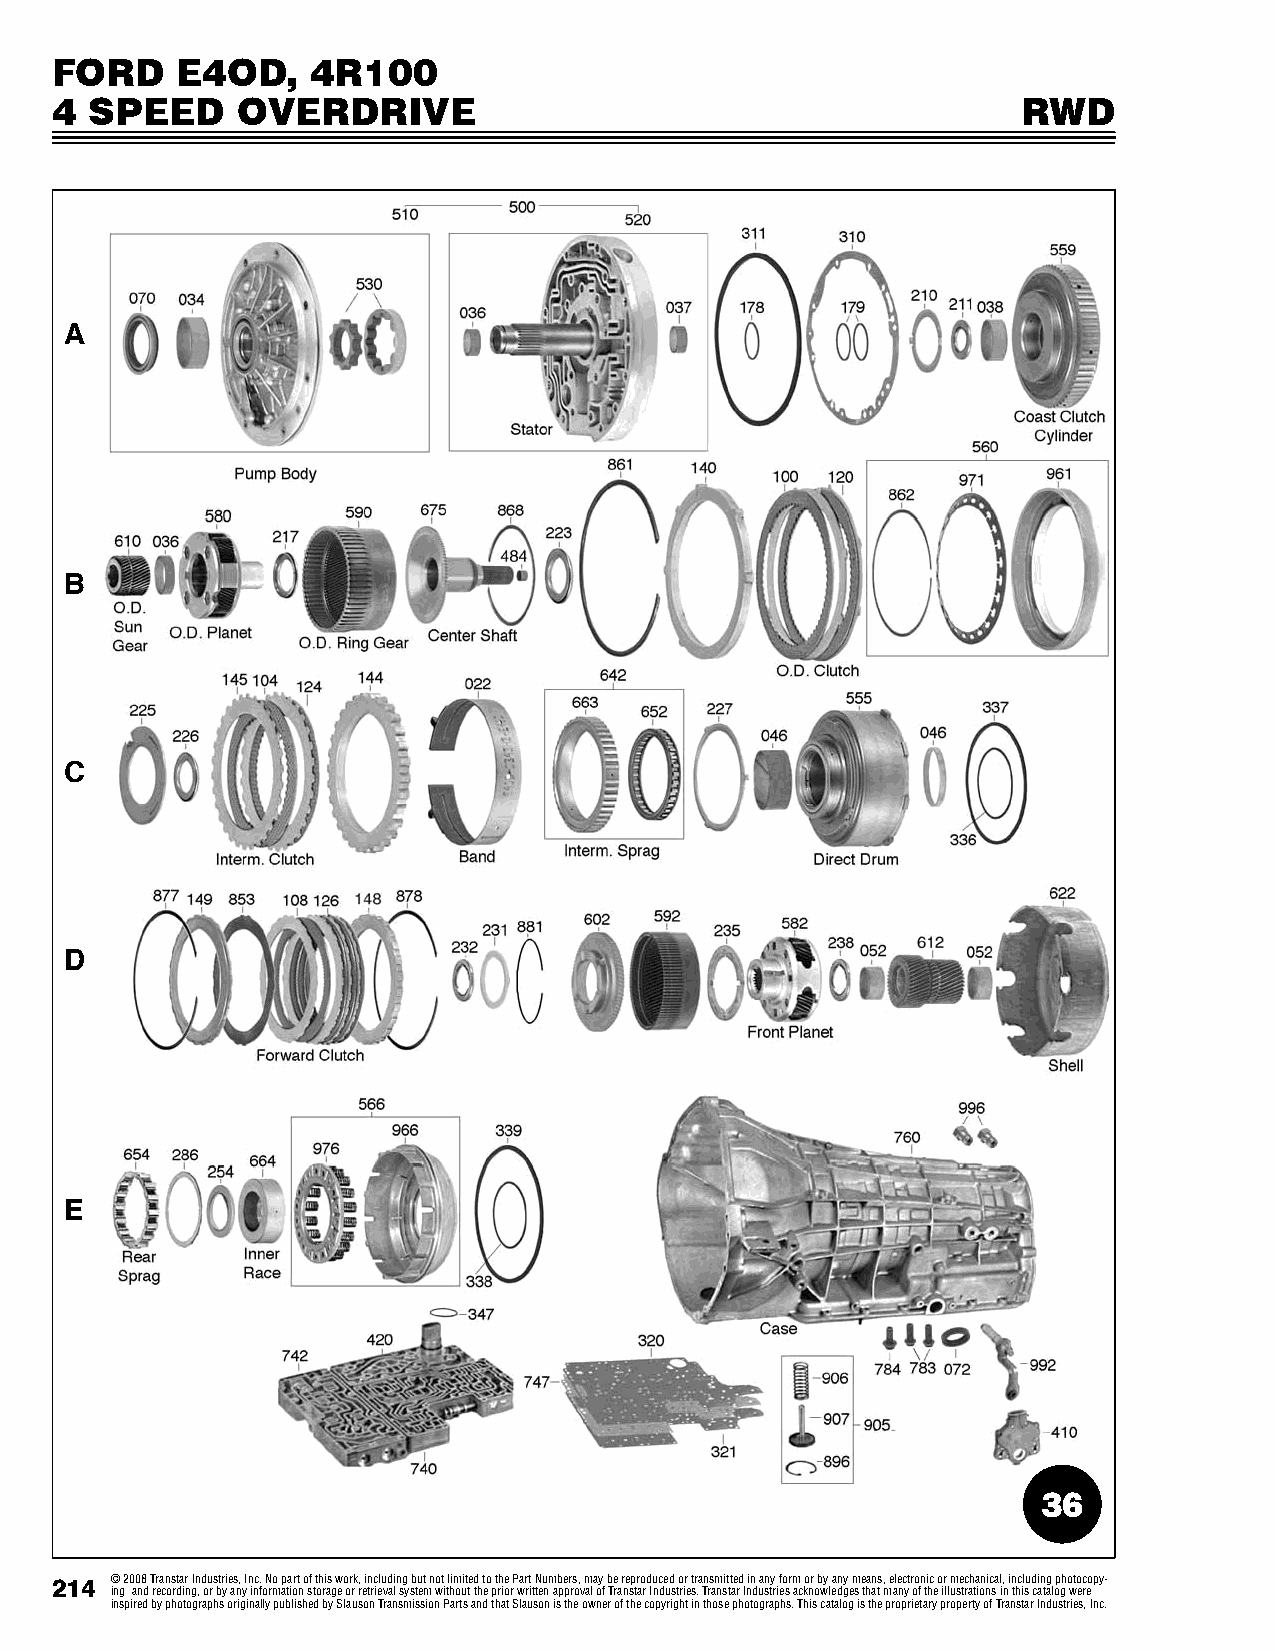
FORD     E4OD,    4R100
 4  SPEED     OVERDRIVE                                           RWD
 A
 B
 C
 D
 E
 36
 214 © 2008 Transtar Industries, Inc. No part of this work, including but not limited to the Part Numbers, may be reproduced or transmitted in any form or by any means, electronic or mechanical, including photocopy-
 ing and recording, or by any information storage or retrieval system without the prior written approval of Transtar Industries. Transtar Industries acknowledges that many of the illustrations in this catalog were
 inspired by photographs originally published by Slauson Transmission Parts and that Slauson is the owner of the copyright in those photographs. This catalog is the proprietary property of Transtar Industries, Inc.